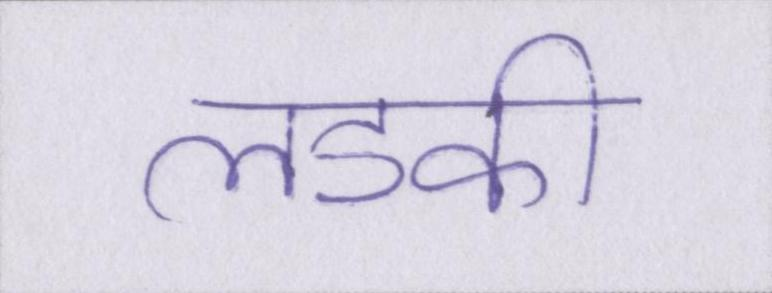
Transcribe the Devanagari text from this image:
लडकी